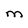
Character: M